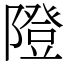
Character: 隥